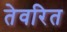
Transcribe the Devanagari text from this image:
तेवरित